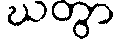
ဃတွာ